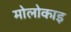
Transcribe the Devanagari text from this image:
मोलोकाइ